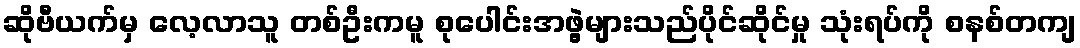
ဆိုဗီယက်မှ လေ့လာသူ တစ်ဦးကမူ စုပေါင်းအဖွဲ့များသည်ပိုင်ဆိုင်မှု သုံးရပ်ကို စနစ်တကျ